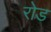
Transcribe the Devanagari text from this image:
रोड